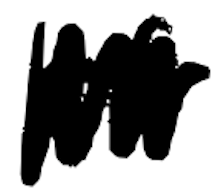
Text: of
Cross-out: zig-zag
Writing tool: digital_black